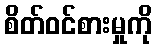
စိတ်ဝင်စားမှုကို